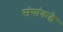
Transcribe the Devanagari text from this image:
संघांकडे